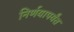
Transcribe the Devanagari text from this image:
निर्णयापर्यंत